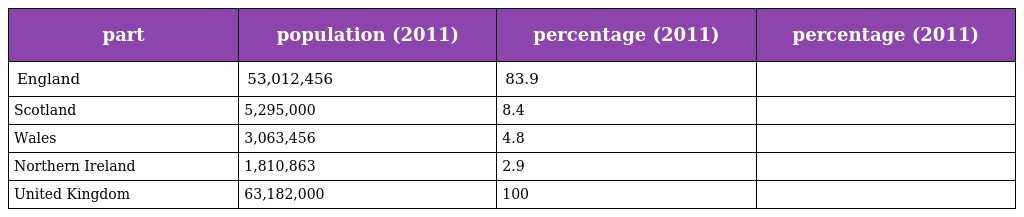
| part | population (2011) | percentage (2011) | percentage (2011) |
 | --- | --- | --- | --- |
 | England | 53,012,456 | 83.9 |  |
 | Scotland | 5,295,000 | 8.4 |  |
 | Wales | 3,063,456 | 4.8 |  |
 | Northern Ireland | 1,810,863 | 2.9 |  |
 | United Kingdom | 63,182,000 | 100 |  |